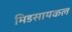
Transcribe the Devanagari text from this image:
मिडसायकल